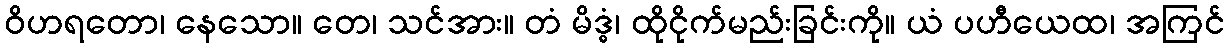
ဝိဟရတော၊ နေသော။ တေ၊ သင်အား။ တံ မိဒ္ဓံ၊ ထိုငိုက်မည်းခြင်းကို။ ယံ ပဟီယေထ၊ အကြင်